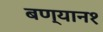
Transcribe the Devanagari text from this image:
बण्यान१